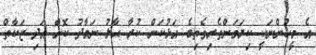
އެ މީހުންނަކީ ކިޔަމަންތެރިވެތިބެ އަޅުކަން ކުރާ ޙާލު ނަމާދު ކޮށް އަދި ޒަކާތް